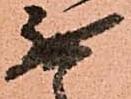
無